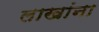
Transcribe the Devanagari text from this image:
लाखांना